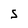
Character: S